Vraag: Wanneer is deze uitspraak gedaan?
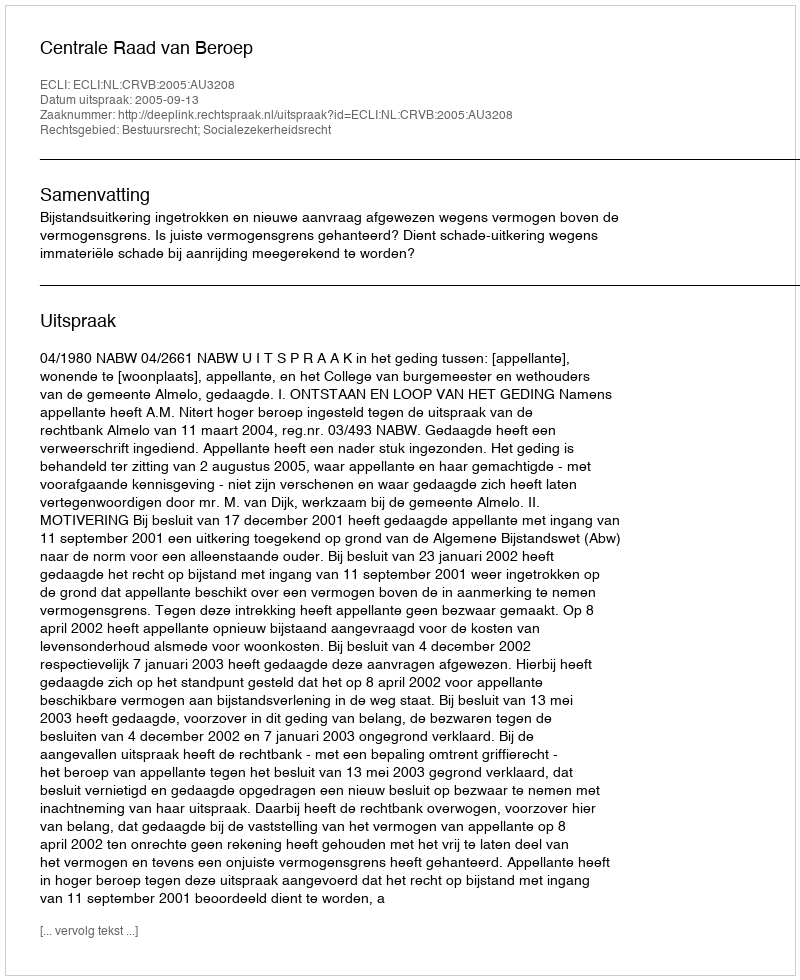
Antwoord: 2005-09-13